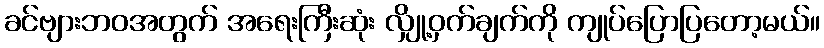
ခင်ဗျားဘဝအတွက် အရေးကြီးဆုံး လျှို့ဝှက်ချက်ကို ကျုပ်ပြောပြတော့မယ်။